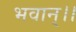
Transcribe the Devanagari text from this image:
भवान्।।